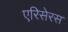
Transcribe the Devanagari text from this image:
एरिसेरस